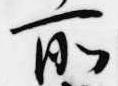
所